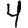
Digit: 4